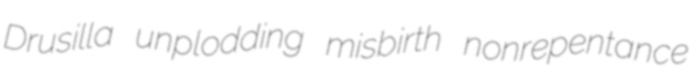
Drusilla unplodding misbirth nonrepentance